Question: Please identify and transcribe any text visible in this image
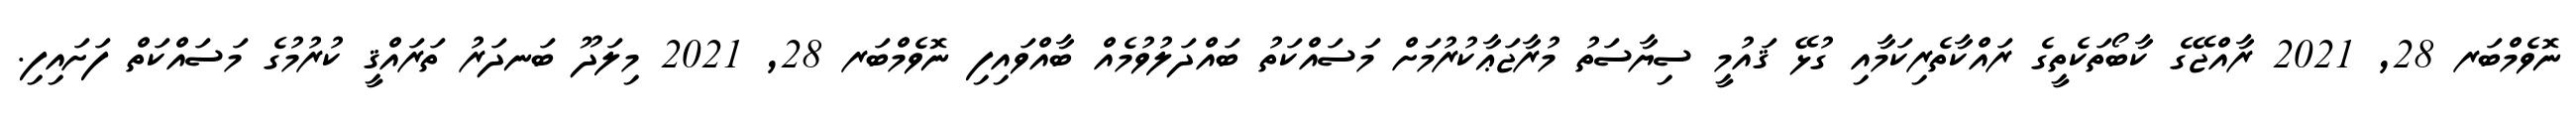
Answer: ނޮވެމްބަރ 28, 2021 ރާއްޖޭގެ ކާބޯތަކެތީގެ ރައްކާތެރިކަމާއި ގުޅޭ ޤައުމީ ސިޔާސަތު މުރާޖަޢާކުރުމަށް މަސައްކަތު ބައްދަލުވުމެއް ބާއްވައިފި ނޮވެމްބަރ 28, 2021 މިލަދޫ ބަނދަރު ތަރައްޤީ ކުރުމުގެ މަސައްކަތް ފަށައިފި.